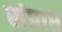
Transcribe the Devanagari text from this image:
संप्राप्त